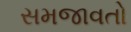
સમજાવતો